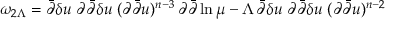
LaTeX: \omega _ { 2 \Lambda } = \bar { \partial } \delta u \; \partial \bar { \partial } \delta u \; ( \partial \bar { \partial } u ) ^ { n - 3 } \, \partial \bar { \partial } \ln \mu - \Lambda \, \bar { \partial } \delta u \; \partial \bar { \partial } \delta u \; ( \partial \bar { \partial } u ) ^ { n - 2 }